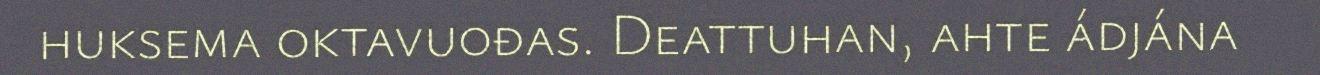
huksema oktavuođas. Deattuhan, ahte ádjána